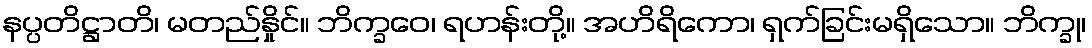
နပ္ပတိဋ္ဌာတိ၊ မတည်နှိုင်။ ဘိက္ခဝေ၊ ရဟန်းတို့။ အဟိရိကော၊ ရှက်ခြင်းမရှိသော။ ဘိက္ခု၊